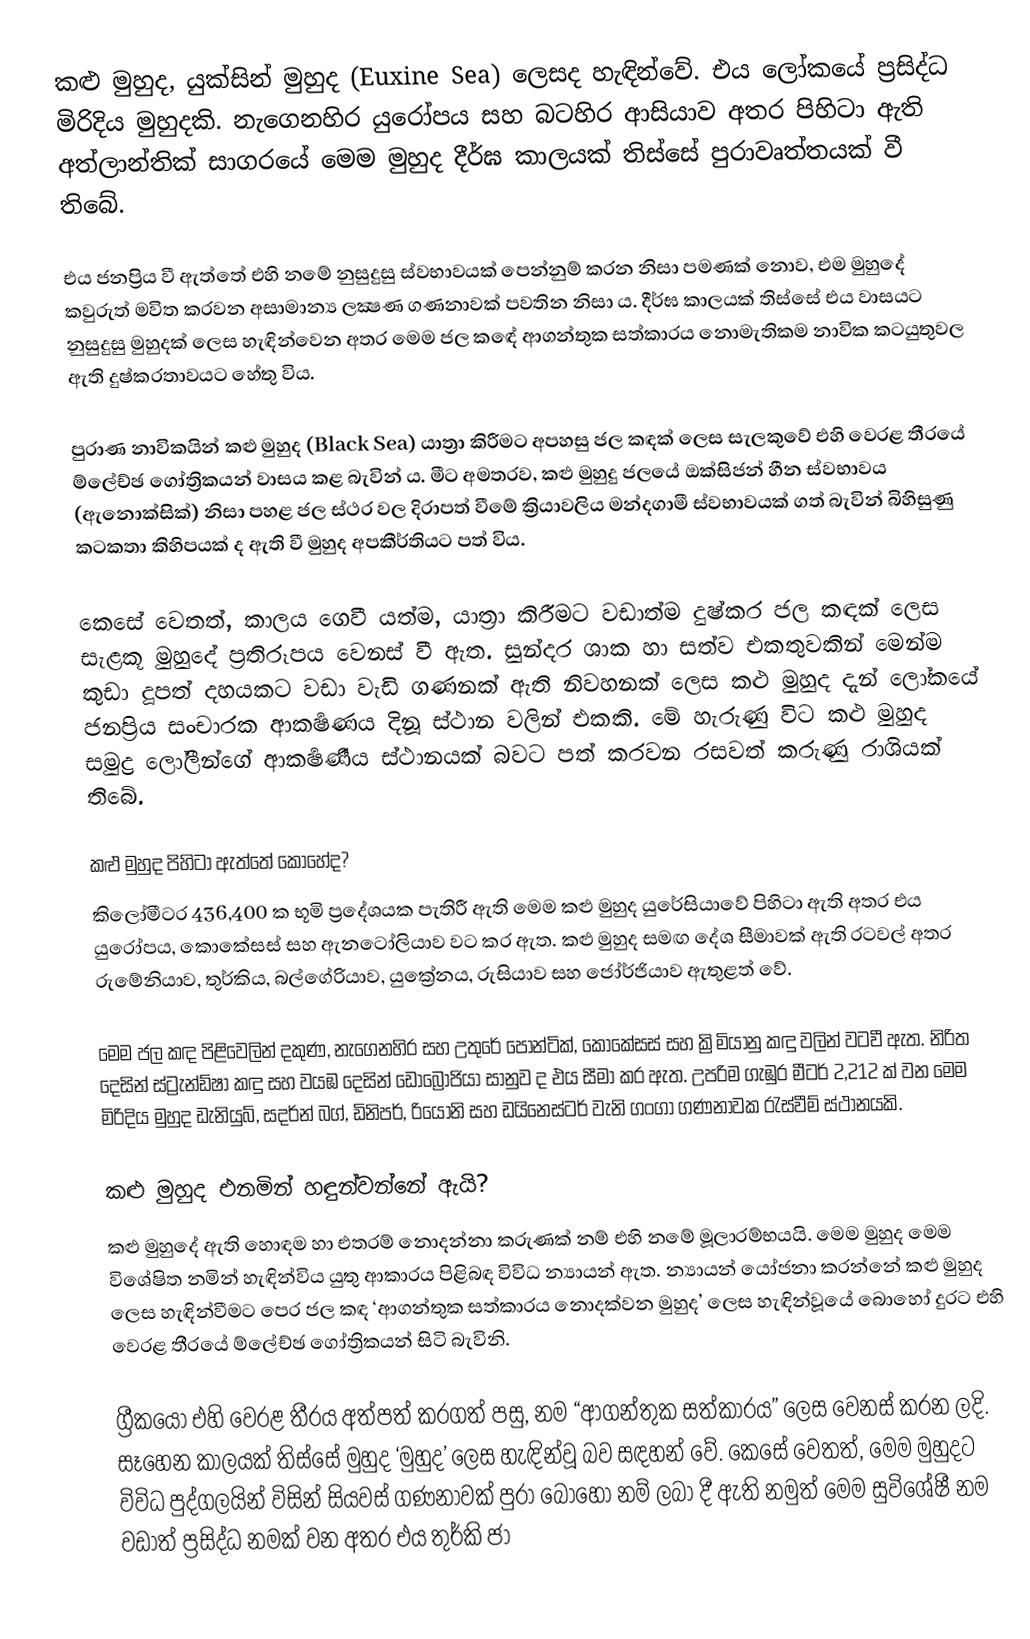
කළු මුහුද, යුක්සින් මුහුද (Euxine Sea) ලෙසද හැඳින්වේ. එය ලෝකයේ ප්‍රසිද්ධ මිරිදිය මුහුදකි. නැගෙනහිර යුරෝපය සහ බටහිර ආසියාව අතර පිහිටා ඇති අත්ලාන්තික් සාගරයේ මෙම මුහුද දීර්ඝ කාලයක් තිස්සේ පුරාවෘත්තයක් වී තිබේ.

එය ජනප්‍රිය වී ඇත්තේ එහි නමේ නුසුදුසු ස්වභාවයක් පෙන්නුම් කරන නිසා පමණක් නොව, එම මුහුදේ කවුරුත් මවිත කරවන අසාමාන්‍ය ලක්‍ෂණ ගණනාවක් පවතින නිසා ය. දීර්ඝ කාලයක් තිස්සේ එය වාසයට නුසුදුසු මුහුදක් ලෙස හැඳින්වෙන අතර මෙම ජල කඳේ ආගන්තුක සත්කාරය නොමැතිකම නාවික කටයුතුවල ඇති දුෂ්කරතාවයට හේතු විය.

පුරාණ නාවිකයින් කළු මුහුද (Black Sea) යාත්‍රා කිරීමට අපහසු ජල කඳක් ලෙස සැලකුවේ එහි වෙරළ තීරයේ ම්ලේච්ඡ ගෝත්‍රිකයන් වාසය කළ බැවින් ය. මීට අමතරව, කළු මුහුදු ජලයේ ඔක්සිජන් හීන ස්වභාවය (ඇනොක්සික්) නිසා පහළ ජල ස්ථර වල දිරාපත් වීමේ ක්‍රියාවලිය මන්දගාමී ස්වභාවයක් ගත් බැවින් බිහිසුණු කටකතා කිහිපයක් ද ඇති වී මුහුද අපකීර්තියට පත් විය.

කෙසේ වෙතත්, කාලය ගෙවී යත්ම, යාත්‍රා කිරීමට වඩාත්ම දුෂ්කර ජල කඳක් ලෙස සැළකූ මුහුදේ ප්‍රතිරූපය වෙනස් වී ඇත. සුන්දර ශාක හා සත්ව එකතුවකින් මෙන්ම කුඩා දූපත් දහයකට වඩා වැඩි ගණනක් ඇති නිවහනක් ලෙස කළු මුහුද දැන් ලෝකයේ ජනප්‍රිය සංචාරක ආකර්‍ෂණය දිනූ ස්ථාන වලින් එකකි. මේ හැරුණු විට කළු මුහුද සමුද්‍ර ලෝලීන්ගේ ආකර්‍ෂණීය ස්ථානයක් බවට පත් කරවන රසවත් කරුණු රාශියක් තිබේ.

කළු මුහුද පිහිටා ඇත්තේ කොහේද?
කිලෝමීටර 436,400 ක භූමි ප්‍රදේශයක පැතිරී ඇති මෙම කළු මුහුද යුරේසියාවේ පිහිටා ඇති අතර එය යුරෝපය, කොකේසස් සහ ඇනටෝලියාව වට කර ඇත. කළු මුහුද සමඟ දේශ සීමාවක් ඇති රටවල් අතර රුමේනියාව, තුර්කිය, බල්ගේරියාව, යුක්‍රේනය, රුසියාව සහ ජෝර්ජියාව ඇතුළත් වේ.

මෙම ජල කඳ පිළිවෙලින් දකුණ, නැගෙනහිර සහ උතුරේ පොන්ටික්, කොකේසස් සහ ක්‍රිමියානු කඳු වලින් වටවී ඇත. නිරිත දෙසින් ස්ට්‍රැන්ඩ්‍ෂා කඳු සහ වයඹ දෙසින් ඩොබ්‍රෝජියා සානුව ද එය සීමා කර ඇත. උපරිම ගැඹුර මීටර් 2,212 ක් වන මෙම මිරිදිය මුහුද ඩැනියුබ්, සදර්න් බග්, ඩිනිපර්, රියෝනි සහ ඩයිනෙස්ටර් වැනි ගංගා ගණනාවක රැස්වීම් ස්ථානයකි.

කළු මුහුද එනමින් හඳුන්වන්නේ ඇයි?
කළු මුහුදේ ඇති හොඳම හා එතරම් නොදන්නා කරුණක් නම් එහි නමේ මූලාරම්භයයි. මෙම මුහුද මෙම විශේෂිත නමින් හැඳින්විය යුතු ආකාරය පිළිබඳ විවිධ න්‍යායන් ඇත. න්‍යායන් යෝජනා කරන්නේ කළු මුහුද ලෙස හැඳින්වීමට පෙර ජල කඳ ‘ආගන්තුක සත්කාරය නොදක්වන මුහුද’ ලෙස හැඳින්වූයේ බොහෝ දුරට එහි වෙරළ තීරයේ ම්ලේච්ඡ ගෝත්‍රිකයන් සිටි බැවිනි.

ග්‍රීකයෝ එහි වෙරළ තීරය අත්පත් කරගත් පසු, නම “ආගන්තුක සත්කාරය” ලෙස වෙනස් කරන ලදි. සෑහෙන කාලයක් තිස්සේ මුහුද ‘මුහුද’ ලෙස හැඳින්වූ බව සඳහන් වේ. කෙසේ වෙතත්, මෙම මුහුදට විවිධ පුද්ගලයින් විසින් සියවස් ගණනාවක් පුරා බොහෝ නම් ලබා දී ඇති නමුත් මෙම සුවිශේෂී නම වඩාත් ප්‍රසිද්ධ නමක් වන අතර එය තුර්කි ජා